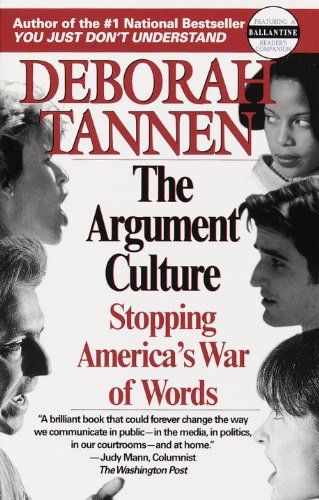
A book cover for The Argument Culture: Stopping America's War of Words; Deborah Tannen; Politics & Social Sciences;